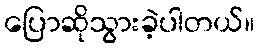
ပြောဆိုသွားခဲ့ပါတယ်။